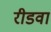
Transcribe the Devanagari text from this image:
रीडवा